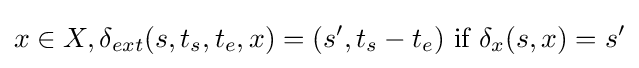
x\in X,\delta _{ext}(s,t_{s},t_{e},x)=(s',t_{s}-t_{e}){\text{ if }}\delta _{x}(s,x)=s'